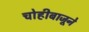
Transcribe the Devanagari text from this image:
चोहीबाजूने